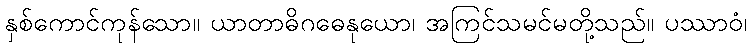
နှစ်ကောင်ကုန်သော။ ယာတာဓိဂဓေနုယော၊ အကြင်သမင်မတို့သည်။ ပဿာဝံ၊